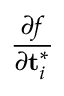
\frac { \partial f } { \partial \mathbf { t } _ { i } ^ { * } }